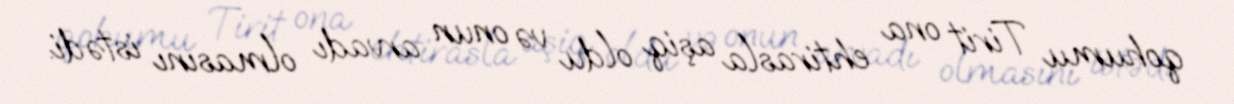
qohumu Tirit ona ehtirasla aşiq oldu və onun arvadı olmasını istədi.